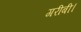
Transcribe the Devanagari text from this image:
गरीबी।